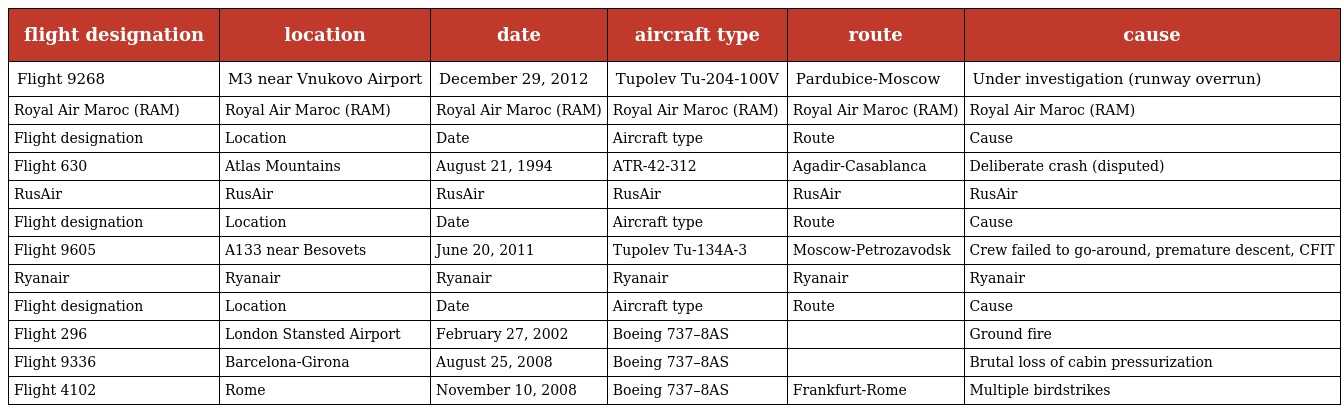
| flight designation | location | date | aircraft type | route | cause |
 | --- | --- | --- | --- | --- | --- |
 | Flight 9268 | M3 near Vnukovo Airport | December 29, 2012 | Tupolev Tu-204-100V | Pardubice-Moscow | Under investigation (runway overrun) |
 | Royal Air Maroc (RAM) | Royal Air Maroc (RAM) | Royal Air Maroc (RAM) | Royal Air Maroc (RAM) | Royal Air Maroc (RAM) | Royal Air Maroc (RAM) |
 | Flight designation | Location | Date | Aircraft type | Route | Cause |
 | Flight 630 | Atlas Mountains | August 21, 1994 | ATR-42-312 | Agadir-Casablanca | Deliberate crash (disputed) |
 | RusAir | RusAir | RusAir | RusAir | RusAir | RusAir |
 | Flight designation | Location | Date | Aircraft type | Route | Cause |
 | Flight 9605 | A133 near Besovets | June 20, 2011 | Tupolev Tu-134A-3 | Moscow-Petrozavodsk | Crew failed to go-around, premature descent, CFIT |
 | Ryanair | Ryanair | Ryanair | Ryanair | Ryanair | Ryanair |
 | Flight designation | Location | Date | Aircraft type | Route | Cause |
 | Flight 296 | London Stansted Airport | February 27, 2002 | Boeing 737–8AS |  | Ground fire |
 | Flight 9336 | Barcelona-Girona | August 25, 2008 | Boeing 737–8AS |  | Brutal loss of cabin pressurization |
 | Flight 4102 | Rome | November 10, 2008 | Boeing 737–8AS | Frankfurt-Rome | Multiple birdstrikes |